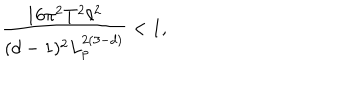
\frac { 1 6 \pi ^ { 2 } T ^ { 2 } \ell ^ { 2 } } { ( d - 1 ) ^ { 2 } L _ { p } ^ { 2 ( 3 - d ) } } < 1 ,